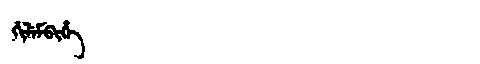
Manchu: ᡤᡳᠯᡝᠮᠪᡳᡥᡝ
Romanization: GILEMBIHE